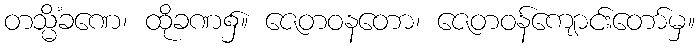
တသ္မိံခဏေ၊ ထိုခဏ၌။ ဇေတဝနတော၊ ဇေတဝန်ကျောင်းတော်မှ။